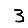
Digit: 3